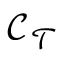
\mathcal { C } _ { \mathcal { T } }